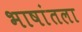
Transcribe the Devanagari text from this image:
भाषांतला